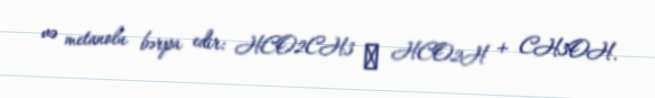
və metanolu bərpa edir: HCO2CH3 → HCO2H + CH3OH.